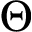
\Theta